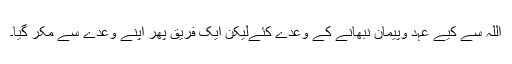
اللہ سے کیے عہد وپیمان نبھانے کے وعدے کئےلیکن ایک فریق پھر اپنے وعدے سے مکر گیا۔